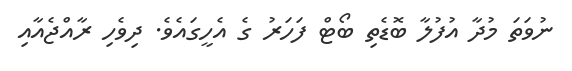
ނުވަތަ މުދާ އުފުލާ ބޮޑެތި ބޯޓް ފަހަރު ގެ އެހީގައެވެ. ދިވެހި ރާއްޖެއާއި